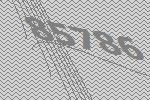
85786